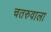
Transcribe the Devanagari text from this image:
चतरुवाला